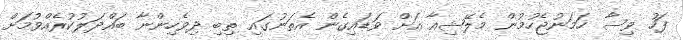
ފަހު ވިސާ ހަމަނުޖެހުމުން މެލޭޝިއާ އަށް ވަޑައިގެން އެތަނުގައި ތިބި ދިވެހިންނާ ބައްދަލުކުރެއްވުމަށް